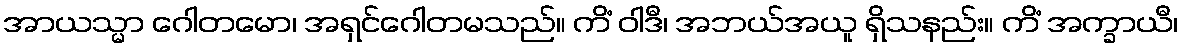
အာယသ္မာ ဂေါတမော၊ အရှင်ဂေါတမသည်။ ကိံ ဝါဒီ၊ အဘယ်အယူ ရှိသနည်း။ ကိံ အက္ခာယီ၊